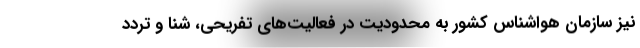
نیز سازمان هواشناس کشور به محدودیت در فعالیت‌های تفریحی، شنا و تردد